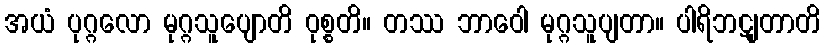
အယံ ပုဂ္ဂလော မုဂ္ဂသူပျောတိ ဝုစ္စတိ။ တဿ ဘာဝေါ မုဂ္ဂသူပျတာ။ ပါရိဘဋျတာတိ